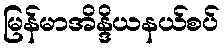
မြန်မာအိန္ဒိယနယ်စပ်